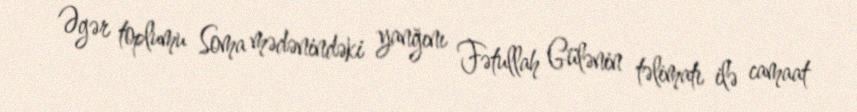
Əgər toplumu Soma mədənindəki yanğını Fətullah Gülənin təlimatı ilə camaat